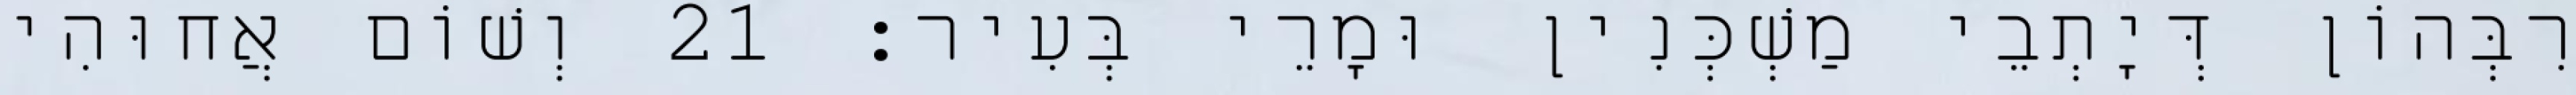
רִבְּהוֹן דְּיָתְבֵי מַשְׁכְּנִין וּמָרֵי בְּעִיר׃ 21 וְשׁוֹם אֲחוּהִי